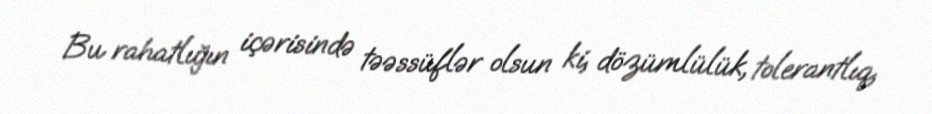
Bu rahatlığın içərisində təəssüflər olsun ki, dözümlülük, tolerantlıq,